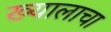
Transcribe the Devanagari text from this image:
ख्यालाचा